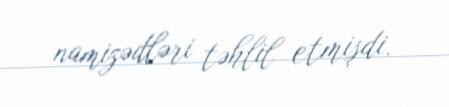
namizədləri təhlil etmişdi.